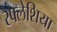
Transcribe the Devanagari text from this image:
रैफ्लेशिया